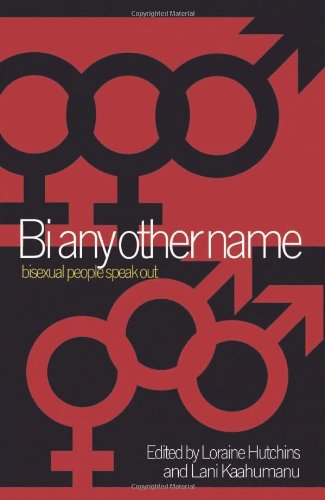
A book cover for Bi Any Other Name: Bisexual People Speak Out; Gay & Lesbian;